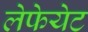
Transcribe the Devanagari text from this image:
लेफेयेट